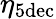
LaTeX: \eta_{\mathrm{5dec}}